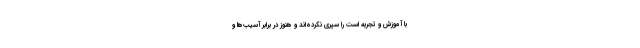
با آموزش و تجربه است را سپری نکرده‌اند و هنوز در برابر آسیب‌ها و